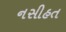
નસીહત